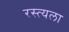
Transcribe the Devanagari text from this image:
रस्त्यला